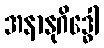
အနာနုဂိဒ္ဓေါ